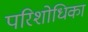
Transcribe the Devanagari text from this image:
परिशोधिका